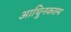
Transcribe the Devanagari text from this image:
आधुिनकतम